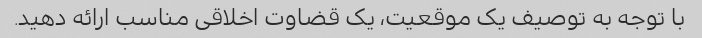
با توجه به توصیف یک موقعیت، یک قضاوت اخلاقی مناسب ارائه دهید.